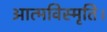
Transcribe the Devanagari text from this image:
आत्मविस्मृति।